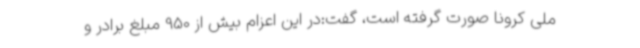
ملی کرونا صورت گرفته است، گفت:در این اعزام بیش از 950 مبلغ برادر و